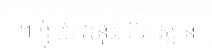
។ ខ្ញុំ ជា អនុជ គិត ស្មាន